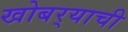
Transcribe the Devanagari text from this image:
खोबर्‍याची